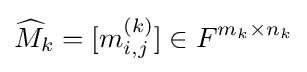
{\widehat {M}}_{k}=[m_{i,j}^{(k)}]\in F^{m_{k}\times n_{k}}